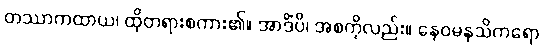
တဿာကထာယ၊ ထိုတရားစကား၏။ အာဒိံပိ၊ အစကိုလည်း။ နေဝမနသိကရော